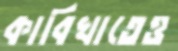
কাবিখাতেও